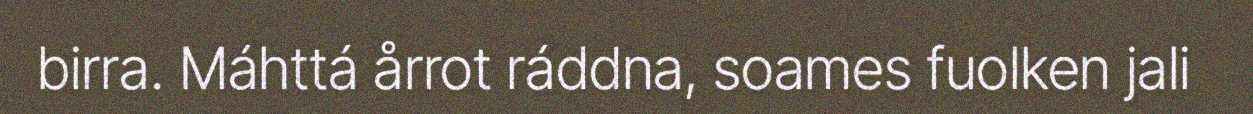
birra. Máhttá årrot ráddna, soames fuolken jali